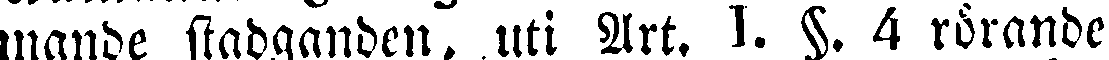
inande stadganden, uti Art. I. §. 4 rörande